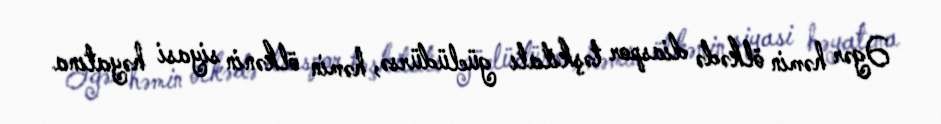
Əgər həmin ölkədə diaspor təşkilatı güclüdürsə, həmin ölkənin siyasi həyatına